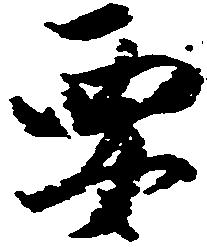
要